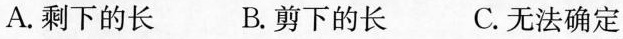
A.剩下的长 B.剪下的长 C.无法确定